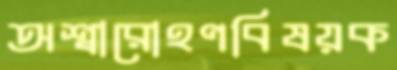
অশ্বারোহণবিষয়ক